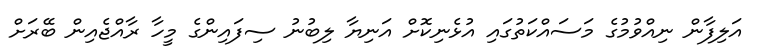
އަލިފާން ނިއްވުމުގެ މަސައްކަތުގައި އުޅެނިކޮށް އަނިޔާ ލިބުނު ސިފައިންގެ މީހާ ރާއްޖެއިން ބޭރަށް